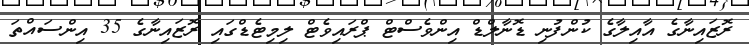
ރޮޒައިނާގެ އާއިލާގެ ކުންފުނި ޑޮނާލްޑް އިންވެސްޓް ޕްރައިވެޓް ލިމިޓެޑްގައި ރޮޒައިނާގެ 35 އިންސައްތަ